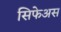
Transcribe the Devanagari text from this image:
सिफेअस